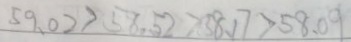
5 9 . 0 2 > 5 8 . 5 2 > 5 8 . 1 7 > 5 8 . 0 9